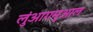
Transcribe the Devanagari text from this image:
लुंआगमुआल